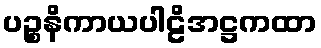
ပဉ္စနိကာယပါဠိအဋ္ဌကထာ